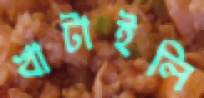
খাটাইলি